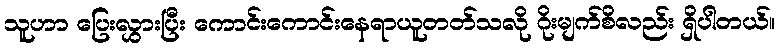
သူဟာ ပြေးလွှားပြီး ကောင်းကောင်းနေရာယူတတ်သလို ဂိုးမျက်စိလည်း ရှိပါတယ်။